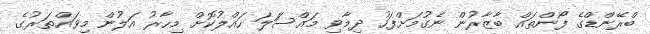
ބްރޭންޑްގެ ފޯންތައް ބާޒާރުން ނެގުމަށްފަހު ދިމާވި މައްސަަލަ ހައްލުކޮށް މިހާރު އަލުން މިވައްތަރުގެ